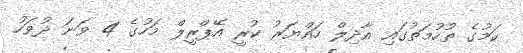
ކަމުގެ ތުހުމަތުގައި އާދިލް ހައްޔަރު ކުރީ އޭޕްރީލް މަހުގެ 4 ވަނަ ދުވަހު